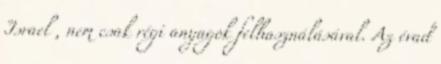
Israel , nem csak régi anyagok felhasználásával. Az évad